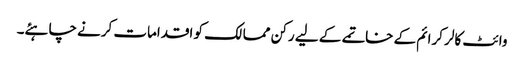
وائٹ کالر کرائم کے خاتمے کے لیے رکن ممالک کو اقدامات کرنے چاہئے۔